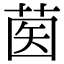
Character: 𦱵